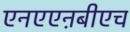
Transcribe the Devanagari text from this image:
एनएएऩबीएच